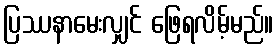
ပြဿနာမေးလျှင် ဖြေရလိမ့်မည်။